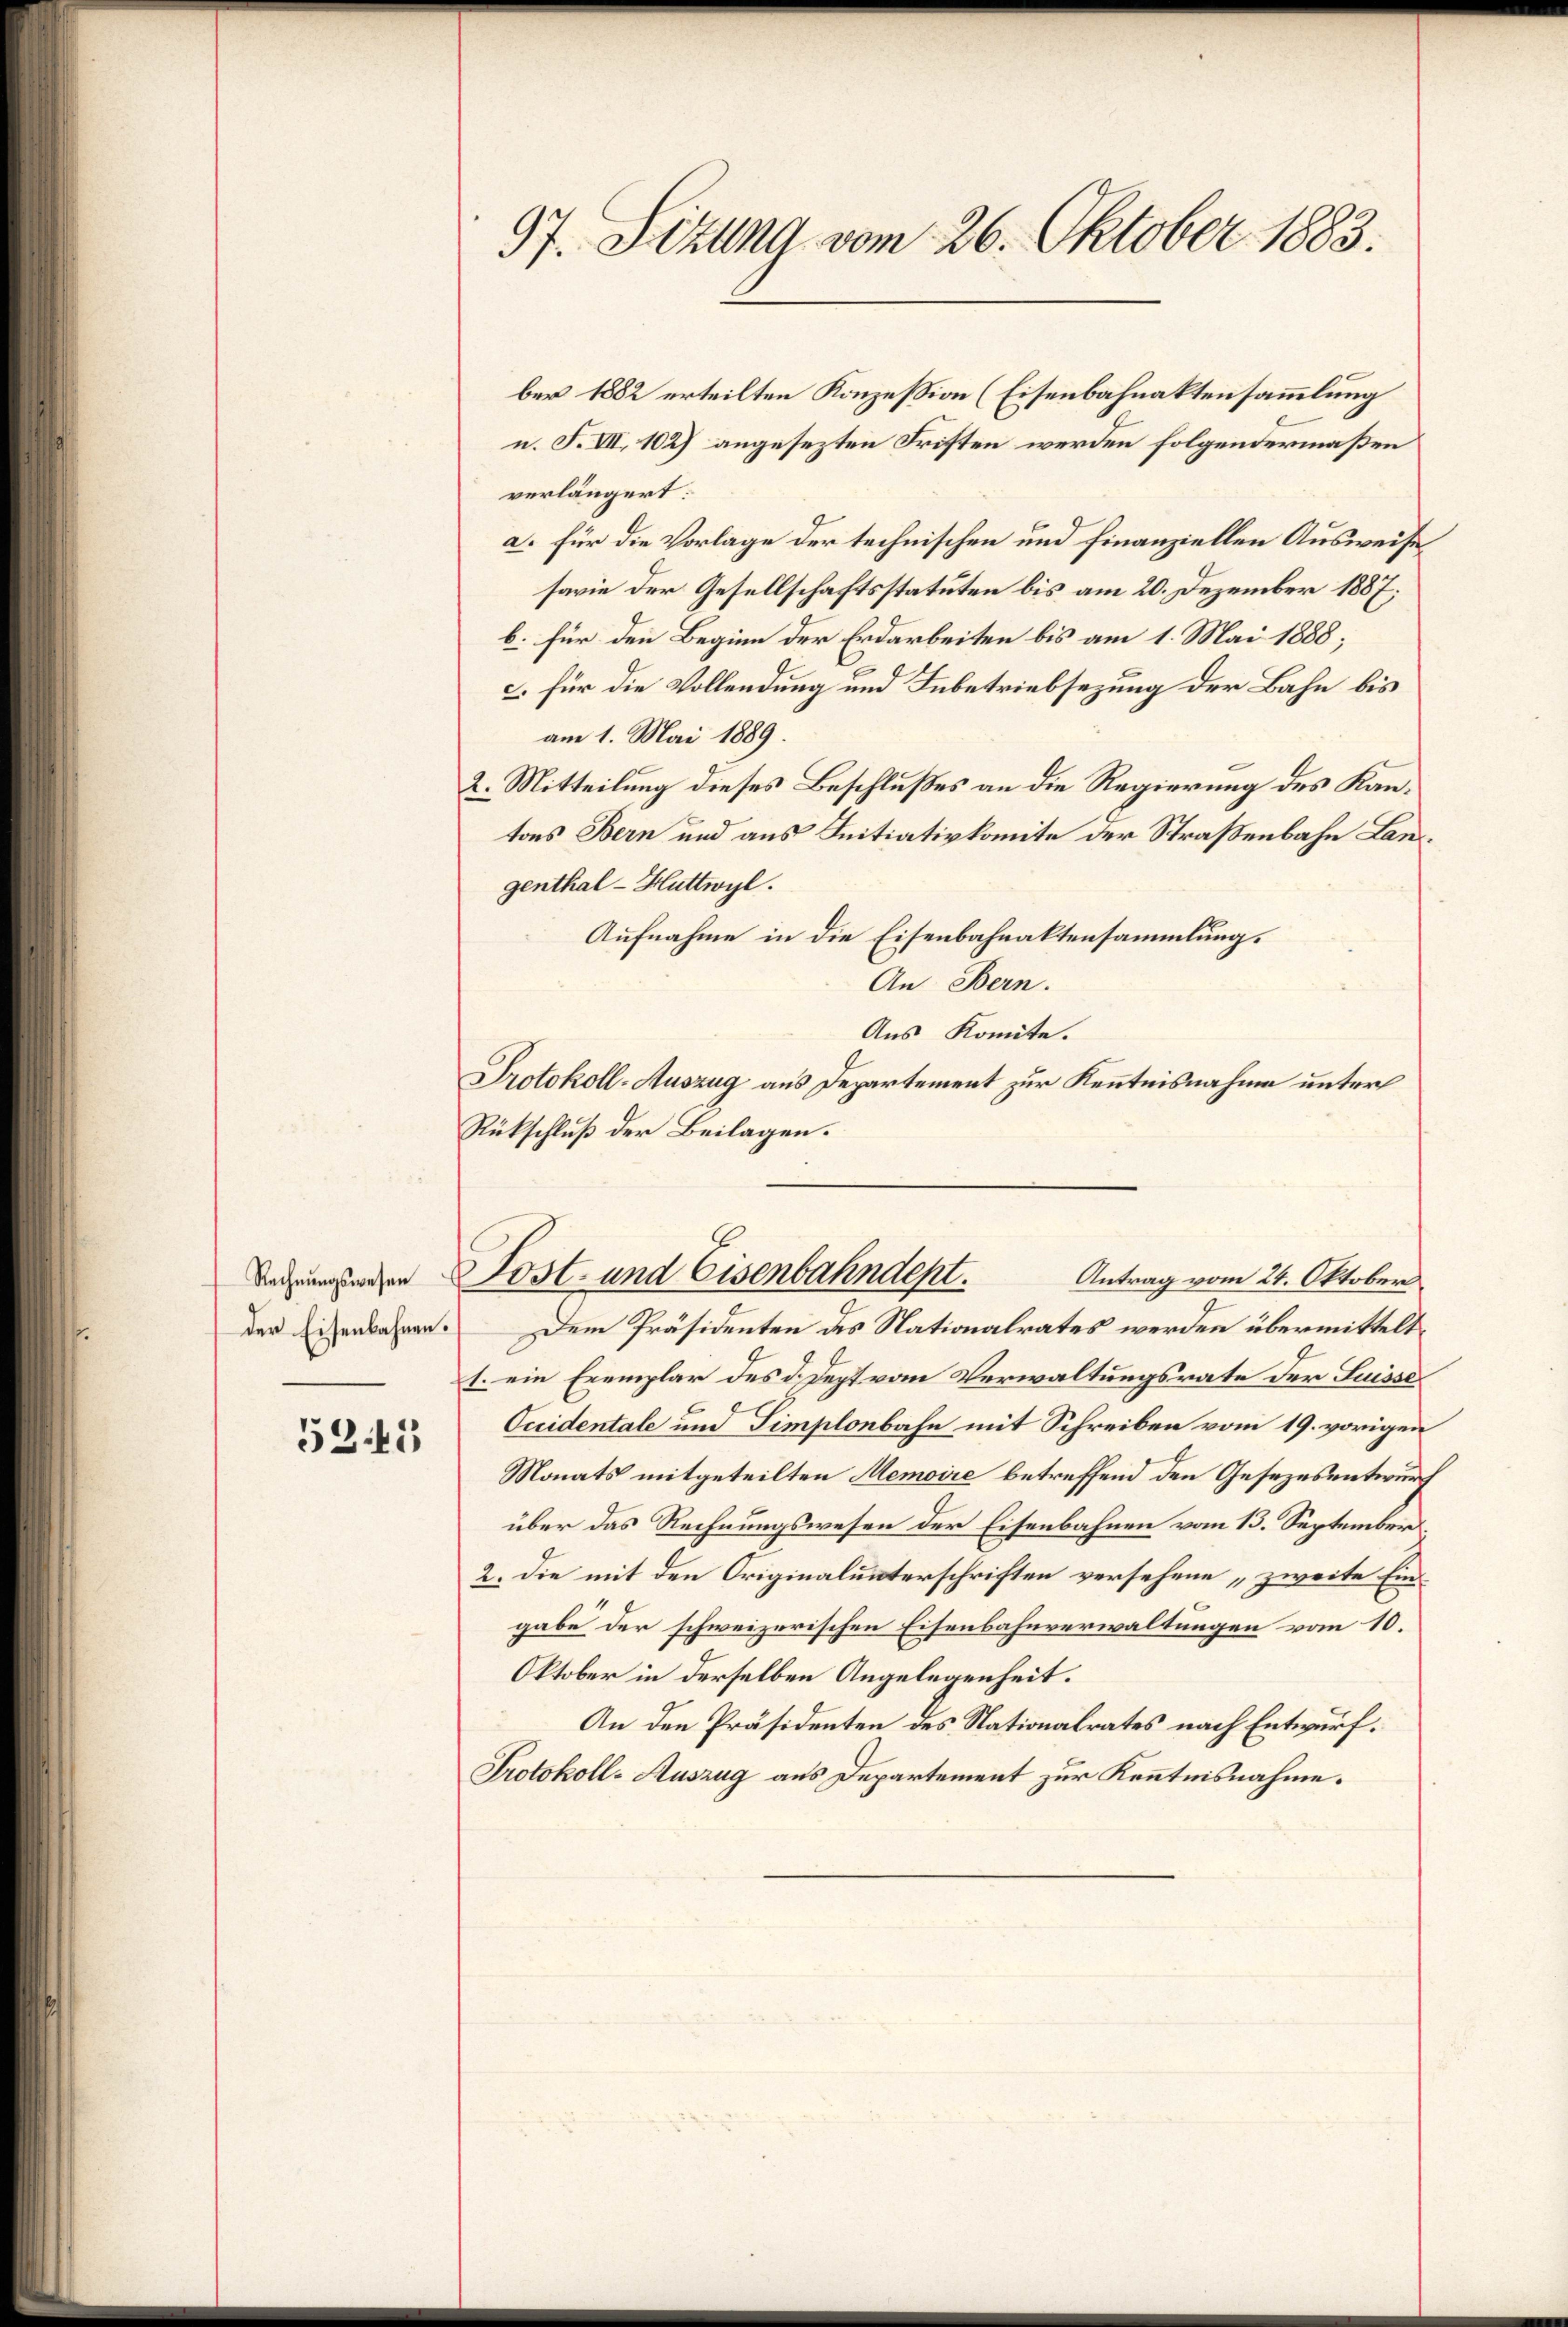
der Eisenbahnen.

53.45

97. Sizung vom 26. Oktober 1883.

n. F. VII. 1027 angesezten Fristen werden folgendermaßen
verlängert:
a. für die Vorlage der technischen und finanziellen Ausweise
sarie der Gesellschaftsstatuten bis am 20. Dezember 1887;
b. für den Beginn der Erdarbeiten bis am 1. Mai 1888;
c. für die Vollendung und Inbetriebsezung der Bahn bis
am 1. Mai 1889.
2. Mitteilung dieses Beschlußes an die Regierung des Kantons Bern und aus Initiativkomite der Straßenbahn Langenthal - Huttwyl.
Aufnahme in die Eisenbahnaktensammlung.
An Bern.
Aus Komite.
Protokoll-Auszug aus Departement zur Kenntnisnahme unter
Rückschluß der Beilagen.
Deswegen Post- und Eisenbahndept.
Antrag vom 24. Oktober
Dem Präsidenten des Nationalrates werden übermittelt¬
1. ein Exemplar des d. Sept vom Verwaltungsrate der Suisse
Ocidentale und Simplonbahn mit Schreiben vom 19. vorigen
Monats mitgeteilten Memoire betreffend den Gesezesentwurf
über das Rechnungswesen der Eisenbahnen vom 13. September
2. Die mit den Originalunterschriften versehene „zweite Eingabe der schweizerischen Eisenbahnverwaltungen vom 10.
Oktober in derselben Angelegenheit.
An den Präsidenten des Nationalrates nach Entwurf.
Protokoll-Auszug aus Departement zur Kenntnisnahme.

ber 1882 erteilten Konzession (Eisenbahnaktensammlung